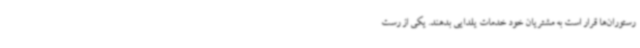
رستوران‌ها قرار است به مشتریان خود خدمات یلدایی بدهند. یکی از رست